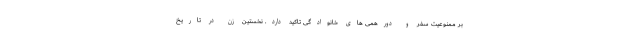
بر ممنوعیت سفر و دورهمی های خانوادگی تاکید دارد. نخستین زن در تاریخ